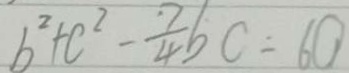
b ^ { 2 } + c ^ { 2 } - \frac { 7 } { 4 } b c = 6 0